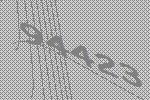
94423